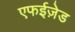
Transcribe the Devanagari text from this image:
एफईज़ेड